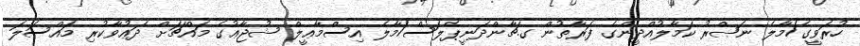
ހުރަވީގެ/މާލެ ނަޞްރު ކަމާލުއްދީންގެ ފަރާތުން ގ.ޗާންދަނީޕެލަސް/މާލެ އިސްމާޢީލް ޝުޖާޢުގެ މައްޗަށް ދަޢުވާކުރި މައްސަލަ